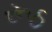
રૂઠ